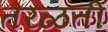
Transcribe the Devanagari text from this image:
तरळती